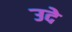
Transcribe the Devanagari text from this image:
उदे